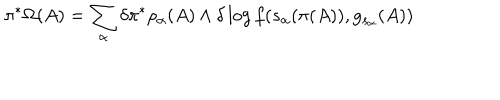
LaTeX: \pi ^ { \ast } \Omega ( A ) = \sum _ { \alpha } \delta \pi ^ { \ast } \rho _ { \alpha } ( A ) \wedge \delta \log f ( s _ { \alpha } ( \pi ( A ) ) , g _ { s _ { \alpha } } ( A ) )